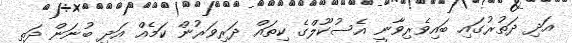
އަދި ދަތުރުގައި ބައިވެރިވާނީ އެސުކޫލްގެ ކިތައް ދަރިވަރުން ކަމެއް އަދި ބުނަން ދަތި